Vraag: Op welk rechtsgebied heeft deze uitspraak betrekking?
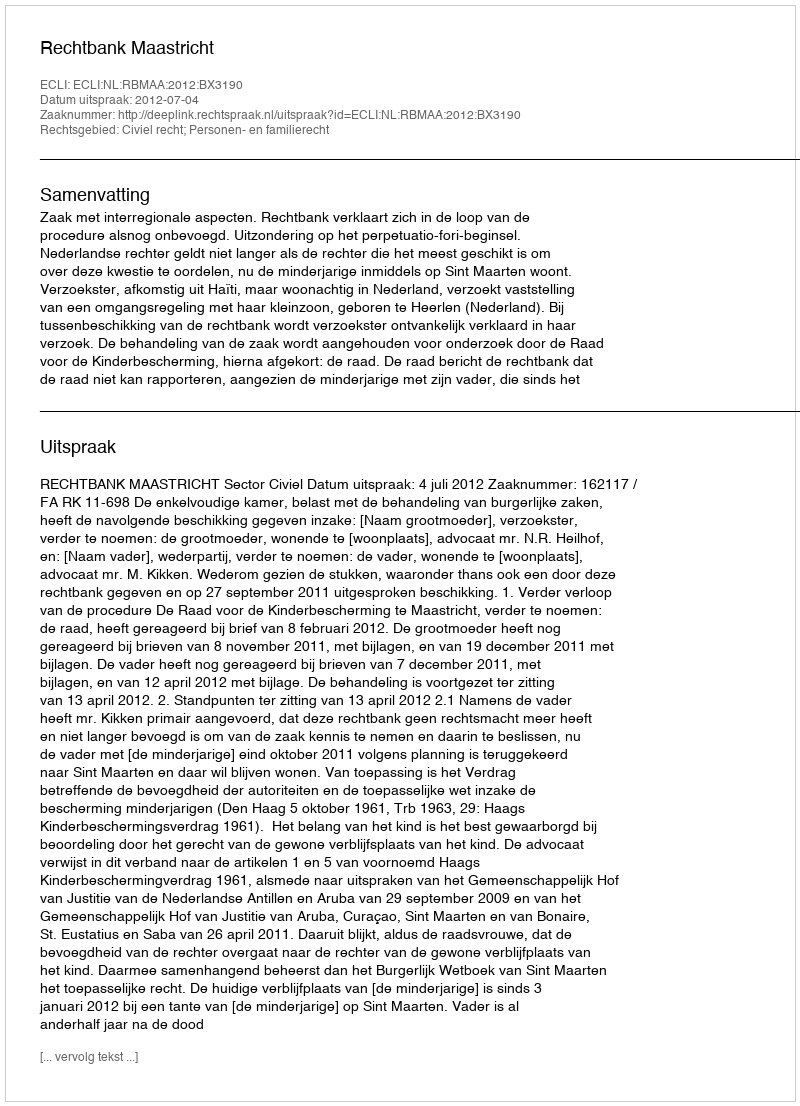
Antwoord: Civiel recht; Personen- en familierecht